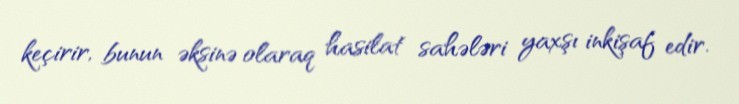
keçirir, bunun əksinə olaraq hasilat sahələri yaxşı inkişaf edir.